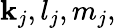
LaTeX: \mathbf{k}_{j},l_{j},m_{j},